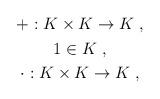
LaTeX: \begin{align*}\begin{gathered}+: K\times K \rightarrow K\;,\\1\in K\;,\\\cdot: K\times K \rightarrow K\;,\\\end{gathered}\end{align*}